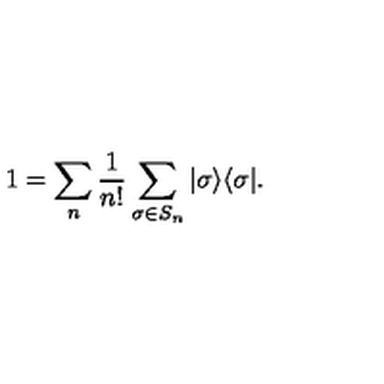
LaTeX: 1 = \sum _ { n } \frac { 1 } { n ! } \sum _ { \sigma \in S _ { n } } | \sigma \rangle \langle \sigma | .